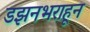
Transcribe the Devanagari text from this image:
डझनभराहून